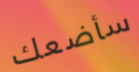
سأضعك